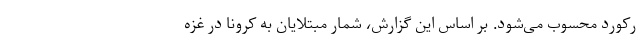
رکورد محسوب می‌شود. بر اساس این گزارش، شمار مبتلایان به کرونا در غزه